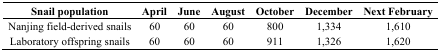
| Snail population | April | June | August | October | December | Next February |
 | --- | --- | --- | --- | --- | --- | --- |
 | Nanjing field-derived snails | 60 | 60 | 60 | 800 | 1,334 | 1,610 |
 | Laboratory offspring snails | 60 | 60 | 60 | 911 | 1,326 | 1,620 |